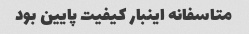
متاسفانه اینبار کیفیت پایین بود